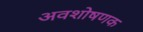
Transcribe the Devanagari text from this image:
अवशोषणक